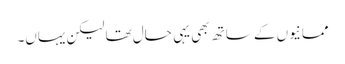
ممانیوں کے ساتھ بھی یہی حال تھا لیکن یہاں۔